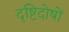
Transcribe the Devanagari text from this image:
दृष्टिदोषों